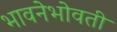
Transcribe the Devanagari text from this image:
भावनेभोवती